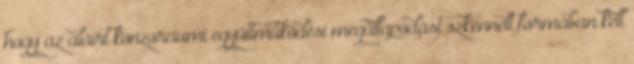
hogy az aláírt konzorciumi együttműködési megállapodást szkennelt formában kell